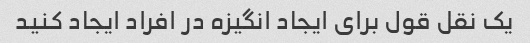
یک نقل قول برای ایجاد انگیزه در افراد ایجاد کنید